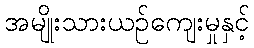
အမျိုးသားယဉ်ကျေးမှုနှင့်